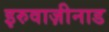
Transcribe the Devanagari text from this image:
इरुवाज़ीनाड